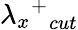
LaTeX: {{\lambda_{x}}^{+}}_{cut}